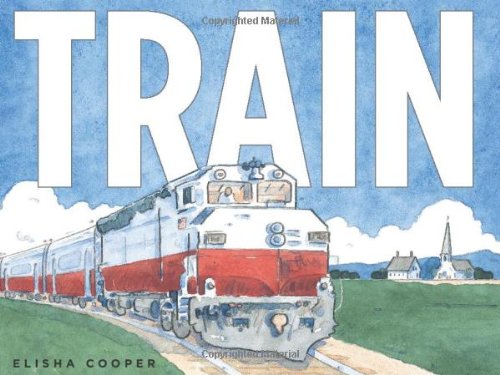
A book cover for Train; Elisha Cooper; Children's Books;